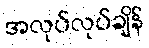
အလုပ်လုပ်ချိန်